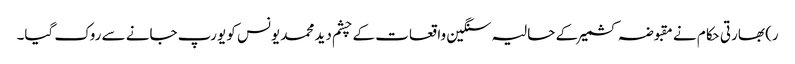
ر) بھارتی حکام نے مقبوضہ کشمیرکے حالیہ سنگین واقعات کے چشم دید محمد یونس کو یورپ جانے سے روک گیا۔